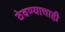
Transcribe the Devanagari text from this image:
ठेवण्याचाही